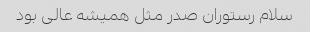
سلام رستوران صدر مثل همیشه عالی بود